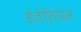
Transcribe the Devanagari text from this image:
हेजेलियंस